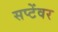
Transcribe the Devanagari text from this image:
सप्टेंवर